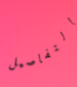
التفاصيل